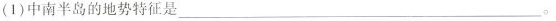
(1)中南半岛的地势特征是___。